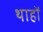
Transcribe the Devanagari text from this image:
थाहों